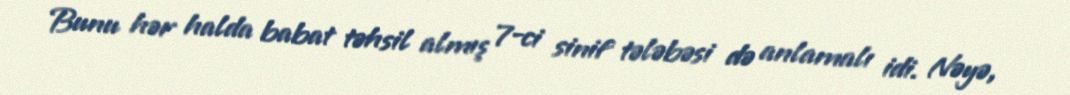
Bunu hər halda babat təhsil almış 7-ci sinif tələbəsi də anlamalı idi. Nəyə,